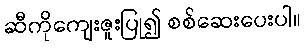
ဆီကိုကျေးဇူးပြု၍ စစ်ဆေးပေးပါ။